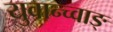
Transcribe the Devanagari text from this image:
युवान्च्वाङ्